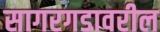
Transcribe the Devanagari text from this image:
सागरगडावरील